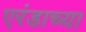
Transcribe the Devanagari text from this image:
एरंडाच्या